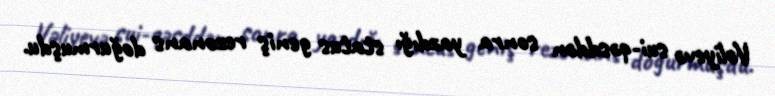
Vəliyevə sui-qəsddən sonra yazdığı status geniş rezonans doğurmuşdu.